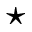
\star